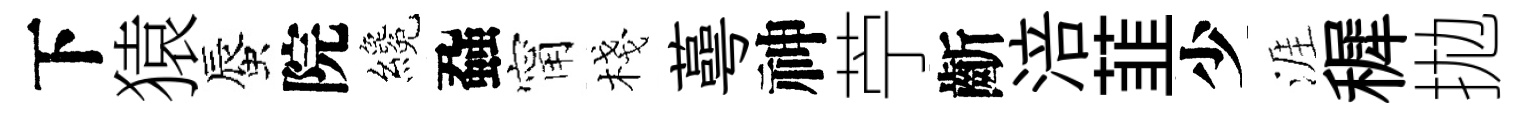
下猿蜃院纔蝨甯棧蕚神苧齗涪韮少涯穉拋